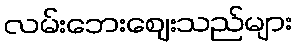
လမ်းဘေးဈေးသည်များ